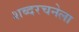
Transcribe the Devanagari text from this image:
शब्दरचनेला